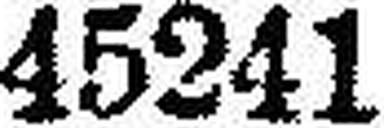
45241